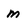
Character: m